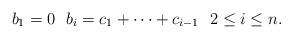
LaTeX: \begin{align*}b_1=0\ \ b_i=c_1+\dots +c_{i-1}\ \ 2\leq i\leq n.\end{align*}